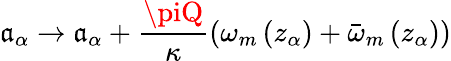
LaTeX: \mathfrak{a}_{\alpha}\rightarrow\mathfrak{a}_{\alpha}+\frac{{\piQ}}{{\kappa}}\left(\omega_{m}\left(z_{\alpha}\right)+\bar{{\omega}}_{m}\left(z_{\alpha}\right)\right)